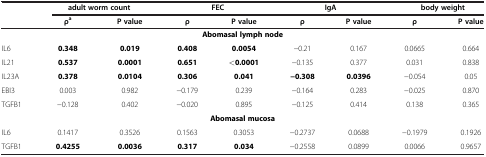
<table><thead><tr><td><b> </b></td><td colspan="2"><b>adult worm count</b></td><td colspan="2"><b>FEC</b></td><td colspan="2"><b>IgA</b></td><td colspan="2"><b>body weight</b></td></tr><tr><td><b> </b></td><td><b>ρ<sup>a</sup></b></td><td><b>P value</b></td><td><b>ρ</b></td><td><b>P value</b></td><td><b>ρ</b></td><td><b>P value</b></td><td><b>ρ</b></td><td><b>P value</b></td></tr></thead><tbody><tr><td colspan="9"><b>Abomasal lymph node</b></td></tr><tr><td>IL6</td><td><b>0.348</b></td><td><b>0.019</b></td><td><b>0.408</b></td><td><b>0.0054</b></td><td>−0.21</td><td>0.167</td><td>0.0665</td><td>0.664</td></tr><tr><td>IL21</td><td><b>0.537</b></td><td><b>0.0001</b></td><td><b>0.651</b></td><td><b>&lt;0.0001</b></td><td>−0.135</td><td>0.377</td><td>0.031</td><td>0.838</td></tr><tr><td>IL23A</td><td><b>0.378</b></td><td><b>0.0104</b></td><td><b>0.306</b></td><td><b>0.041</b></td><td><b>−0.308</b></td><td><b>0.0396</b></td><td>−0.054</td><td>0.05</td></tr><tr><td>EBI3</td><td>0.003</td><td>0.982</td><td>−0.179</td><td>0.239</td><td>−0.164</td><td>0.283</td><td>−0.025</td><td>0.870</td></tr><tr><td>TGFB1</td><td>−0.128</td><td>0.402</td><td>−0.020</td><td>0.895</td><td>−0.125</td><td>0.414</td><td>0.138</td><td>0.365</td></tr><tr><td colspan="9"><b>Abomasal mucosa</b></td></tr><tr><td>IL6</td><td>0.1417</td><td>0.3526</td><td>0.1563</td><td>0.3053</td><td>−0.2737</td><td>0.0688</td><td>−0.1979</td><td>0.1926</td></tr><tr><td>TGFB1</td><td><b>0.4255</b></td><td><b>0.0036</b></td><td><b>0.317</b></td><td><b>0.034</b></td><td>−0.2558</td><td>0.0899</td><td>0.0066</td><td>0.9657</td></tr></tbody></table>